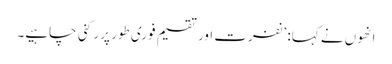
انھوں نے کہا: ’نفرت اور تقسیم فوری طور پر رکنی چاہیے۔